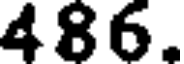
486.